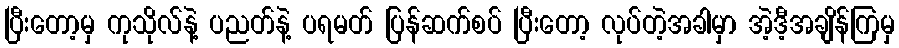
ပြီးတော့မှ ကုသိုလ်နဲ့ ပညတ်နဲ့ ပရမတ် ပြန်ဆက်စပ် ပြီးတော့ လုပ်တဲ့အခါမှာ အဲ့ဒီ့အချိန်ကြမှ